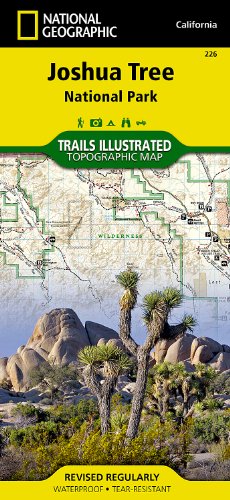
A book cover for Joshua Tree National Park (National Geographic Trails Illustrated Map); National Geographic Maps - Trails Illustrated; Reference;